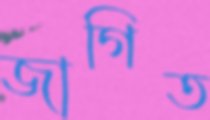
জাগিত